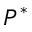
P ^ { * }